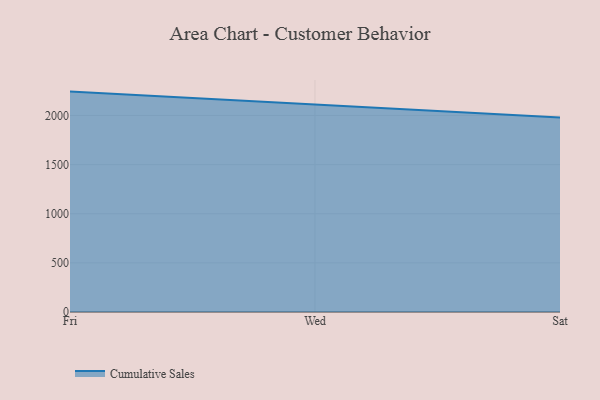
{"axis": {"x": "Day", "y": "Production Output"}, "legend": ["Cumulative Sales"], "data": [{"x": "Fri", "y": 2243.0, "type": "Cumulative Sales"}, {"x": "Wed", "y": 2109.6, "type": "Cumulative Sales"}, {"x": "Sat", "y": 1980.3, "type": "Cumulative Sales"}]}